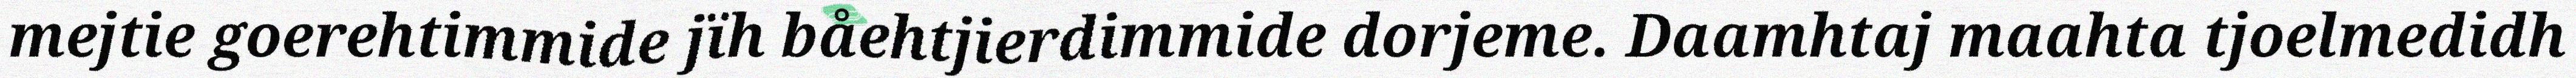
mejtie goerehtimmide jïh båehtjierdimmide dorjeme. Daamhtaj maahta tjoelmedidh